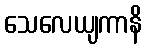
သေလေယျကာနိ